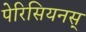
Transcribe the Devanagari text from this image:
पेरिसियनस्